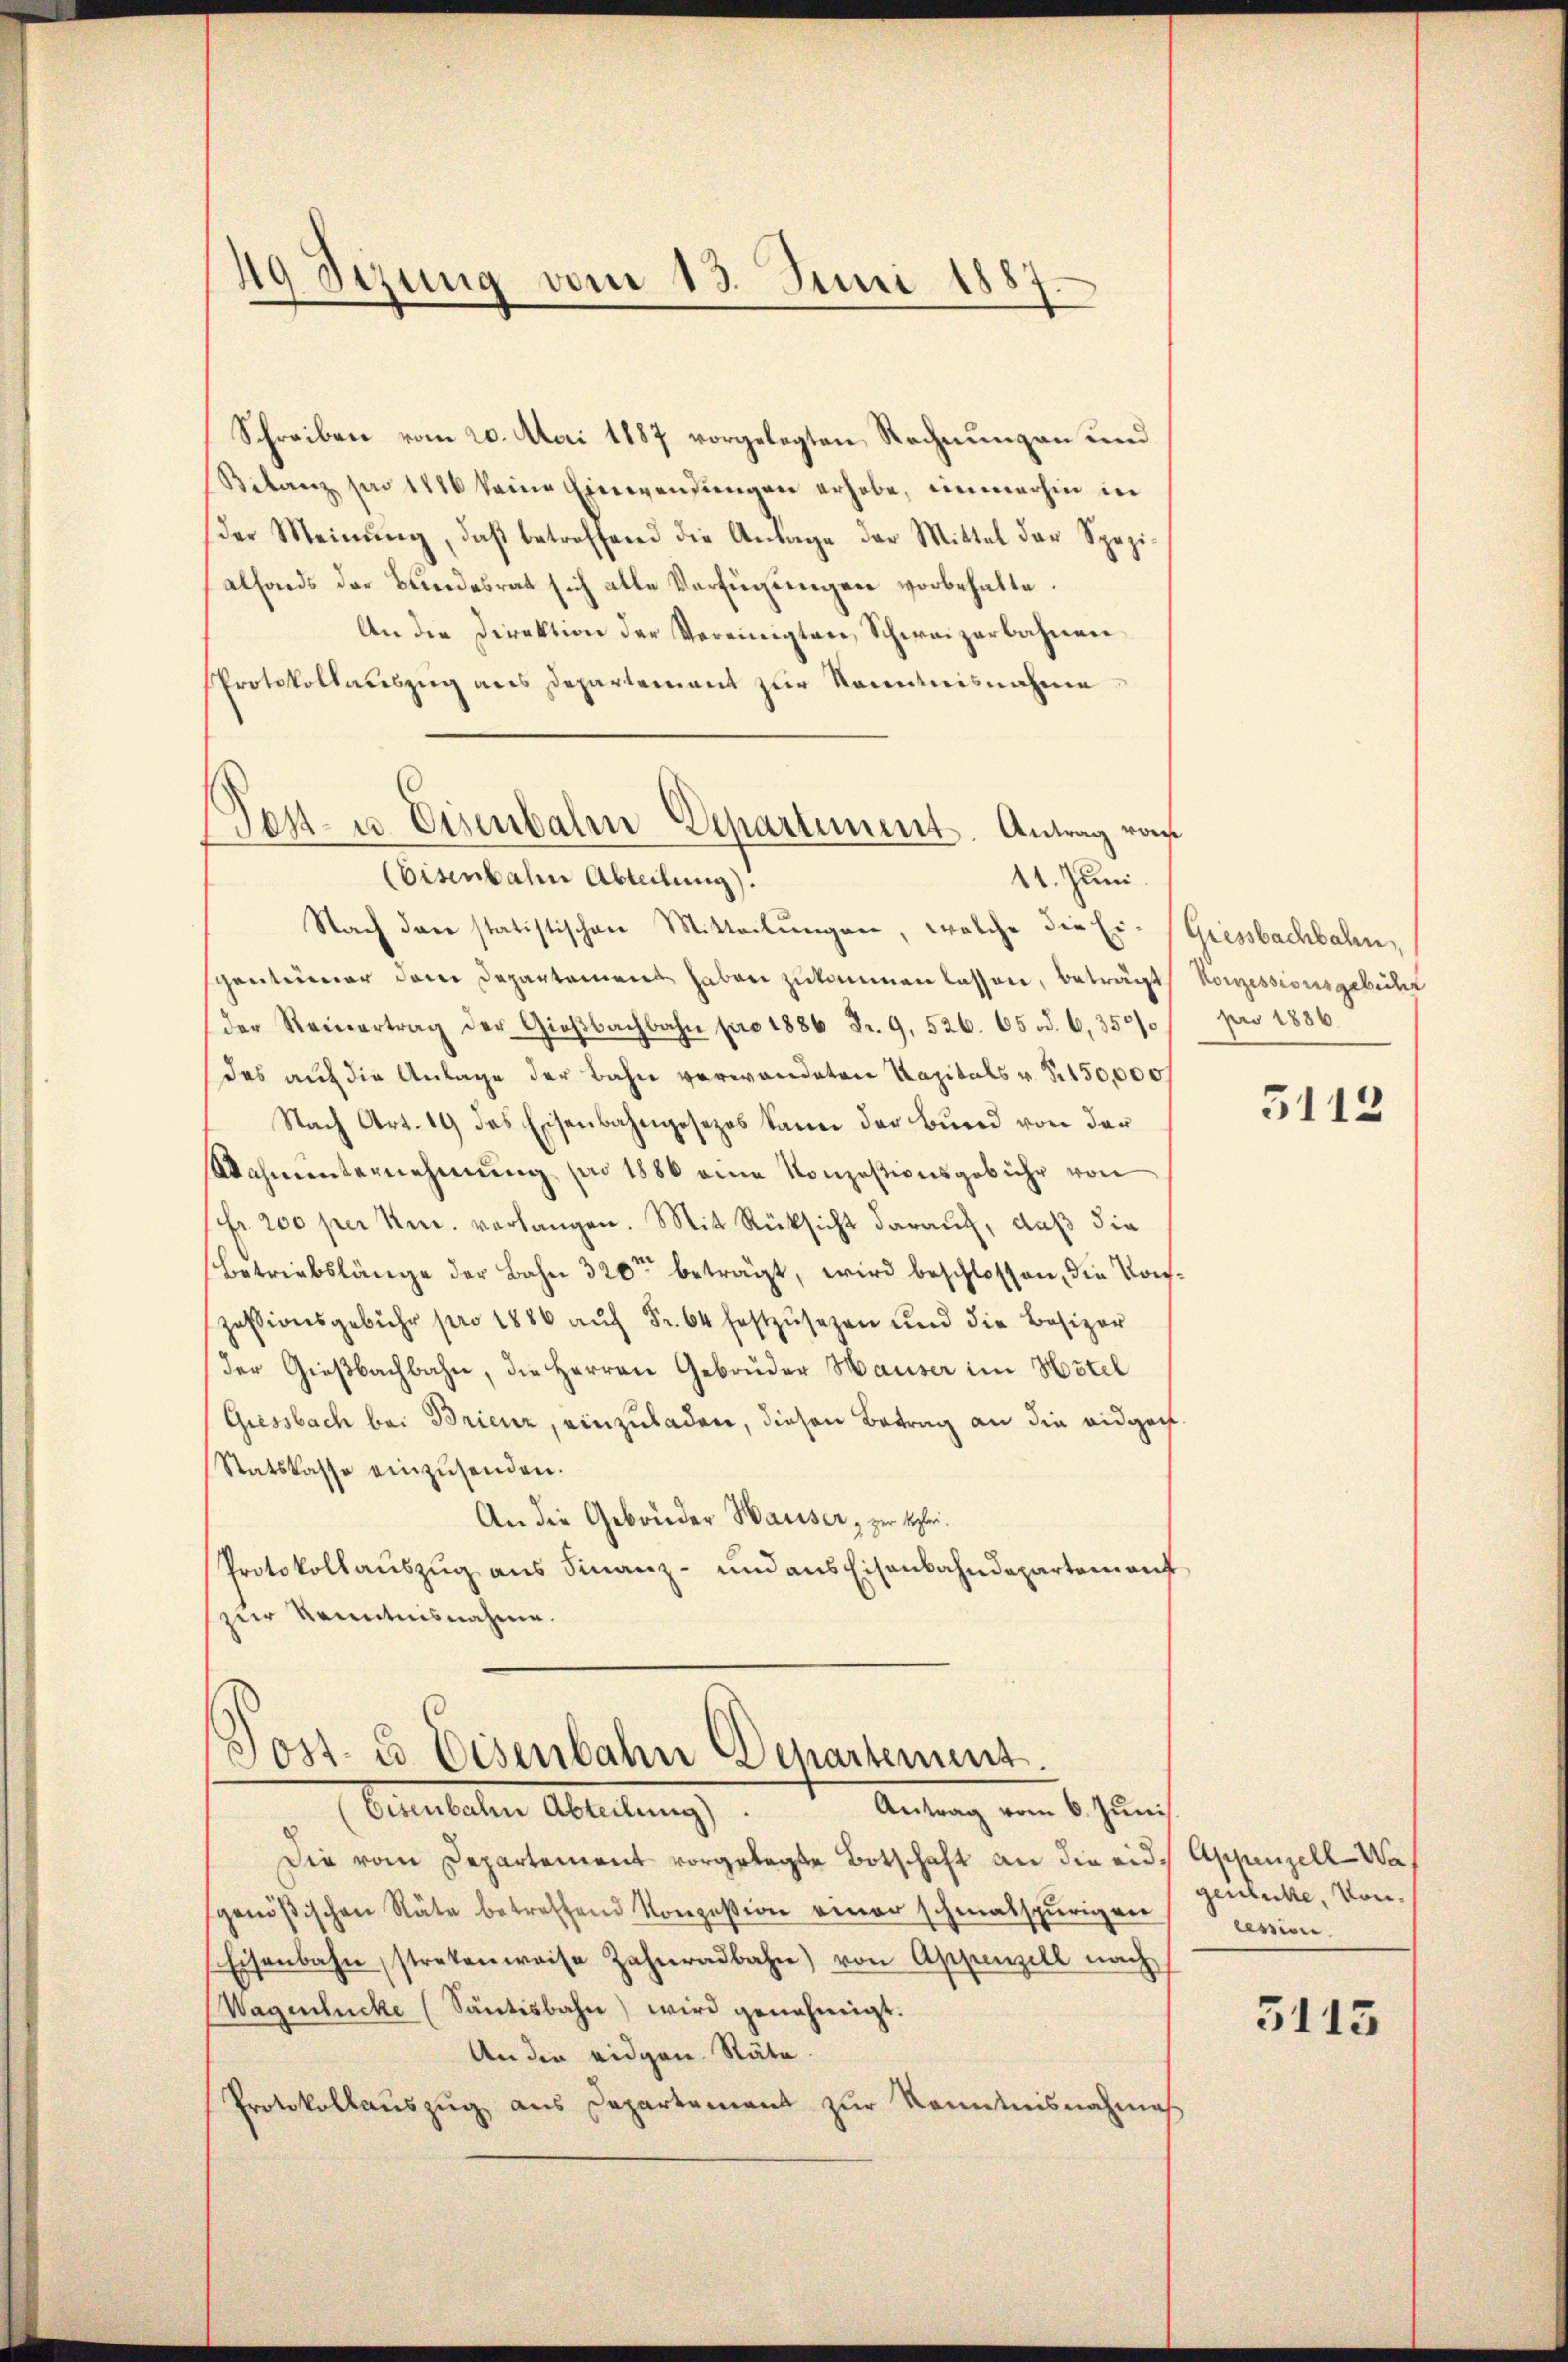
49 Sizung vom 13. Juni 188
f

Schreiben vom 20. Mai 1887 vorgelegten Rechnungen und
Betanz pro 1886 keine Einwendŭngen erhabe, einmerhin in
(der Meinŭng, daβ betreffend die Anlage der Mittel der Spezi
alfonds der Bundesrat sich alle Verfügungen vorbehalte.
An die Direktion der Vereinigten Schweizerbahnen
Protokollauszug aus Departement zur Kenntnisnahme
Nach der statistischen Mitteilŭngen, welche die Ei-
gentümer dem Departement haben zukommen lassen, beträgt, Konzessionsgebühr
der Reinertrag der Giesbachbahn pro 1886 Fr. 9, 526. 65 d. 6,350/0
das auf die Anlage der Bahn verwandeten Kapitals u. S. 150,000
Nach Art. 19 des Eisenbahngesezes kann der Bund von der
Wahnŭnternehmung pro 1886 eine Konzesionsgebühr von
fr. 200 per Ven. verlangen. Mit Rücksicht darauf, daß die
Betriebslänge der Bahn 320ten beträgt, wird beschlossen, die Kons.
Zessionsgebühr pro 1886 auf Fr. 64 festzusehen und die Besizer
der Gießbachbahn, die Herren Gebrüder Hauser im Hotel
Giessbach bei Brienz, einzuladen, diesen Betrag an die eidgech
Statskasse einzŭsenden.
An die Gebrüder Waiser, zur Klei¬
Protokollauszug aus Finanz- und aus Eisenbahndepartem auf
zur Kenntnisnahme.

est- u. Eisenbahn Departement. Antrag von
(Eisenbahn Abteilung).
11. Juni.

Jost- u Eisenbahn Departement.
Antrag vom 6. Juni
behalten Abteilung

Die vom Departement vorgelegte Botschaft an die eid. Appenzell-Wagenößischen Räte betreffend Konzession einer schmalspurigen
Eisenbahn stretenweise Zahnradbahn) von Appenzell nach
Wagenlücke (Santisbahn) wird genehmigt.
An die eidgen. Stäte.
Protokollauszug aus Departement zur Kenntnisnahmes

Giessbachbahn
pro 1886.
3113

genliche, von
lession.

5115